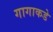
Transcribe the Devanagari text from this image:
गागाकडे